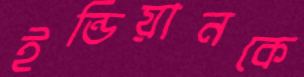
ইন্ডিয়ানকে